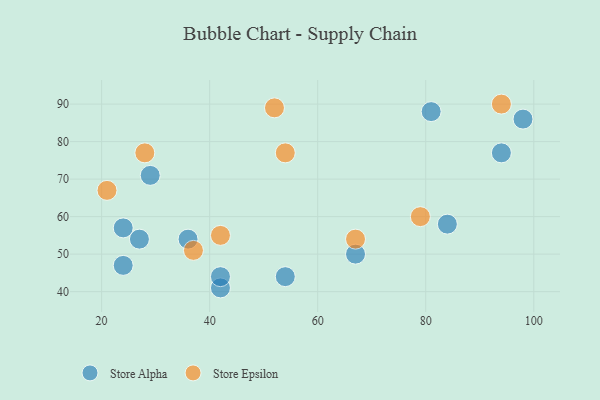
{"axis": {"x": "GDP", "y": "Life Expectancy"}, "legend": ["Store Alpha", "Store Epsilon"], "data": [{"x": "94", "y": 77, "type": "Store Alpha"}, {"x": "36", "y": 54, "type": "Store Alpha"}, {"x": "81", "y": 88, "type": "Store Alpha"}, {"x": "84", "y": 58, "type": "Store Alpha"}, {"x": "42", "y": 41, "type": "Store Alpha"}, {"x": "42", "y": 44, "type": "Store Alpha"}, {"x": "27", "y": 54, "type": "Store Alpha"}, {"x": "67", "y": 50, "type": "Store Alpha"}, {"x": "54", "y": 44, "type": "Store Alpha"}, {"x": "29", "y": 71, "type": "Store Alpha"}, {"x": "24", "y": 47, "type": "Store Alpha"}, {"x": "98", "y": 86, "type": "Store Alpha"}, {"x": "24", "y": 57, "type": "Store Alpha"}, {"x": "67", "y": 54, "type": "Store Epsilon"}, {"x": "37", "y": 51, "type": "Store Epsilon"}, {"x": "21", "y": 67, "type": "Store Epsilon"}, {"x": "54", "y": 77, "type": "Store Epsilon"}, {"x": "79", "y": 60, "type": "Store Epsilon"}, {"x": "52", "y": 89, "type": "Store Epsilon"}, {"x": "94", "y": 90, "type": "Store Epsilon"}, {"x": "28", "y": 77, "type": "Store Epsilon"}, {"x": "42", "y": 55, "type": "Store Epsilon"}]}